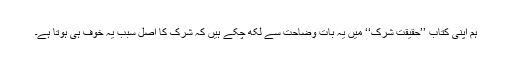
ہم اپنی کتاب ’’حقیقت شرک‘‘ میں یہ بات وضاحت سے لکھ چکے ہیں کہ شرک کا اصل سبب یہ خوف ہی ہوتا ہے۔